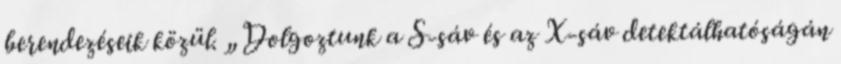
berendezéseik közül. „Dolgoztunk a S-sáv és az X-sáv detektálhatóságán